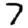
Digit: 7